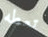
تعطه